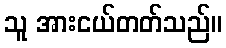
သူ အားငယ်တတ်သည်။